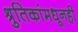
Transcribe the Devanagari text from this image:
श्रुतिकांमधूनही